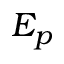
E _ { p }